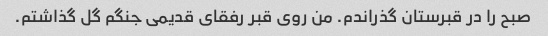
صبح را در قبرستان گذراندم. من روی قبر رفقای قدیمی جنگم گل گذاشتم.